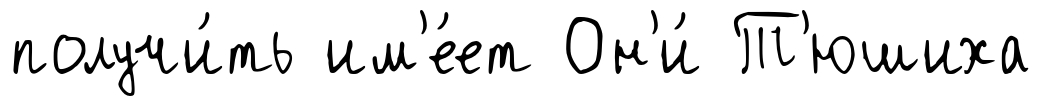
получи́ть им'е́ет Он'и́ Т'юшиха